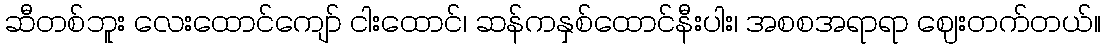
ဆီတစ်ဘူး လေးထောင်ကျော် ငါးထောင်၊ ဆန်ကနှစ်ထောင်နီးပါး၊ အစစအရာရာ ဈေးတက်တယ်။